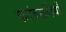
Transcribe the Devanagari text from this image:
कदंबखंडियाँ